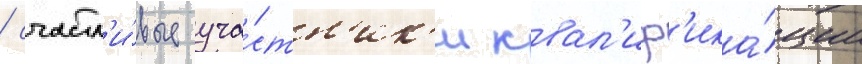
/ счастл'и́вые уча́стн'ик'и квал'иф'ика́ции